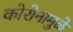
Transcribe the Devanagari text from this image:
कोरोनामुळे